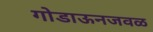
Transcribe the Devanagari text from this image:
गोडाऊनजवळ